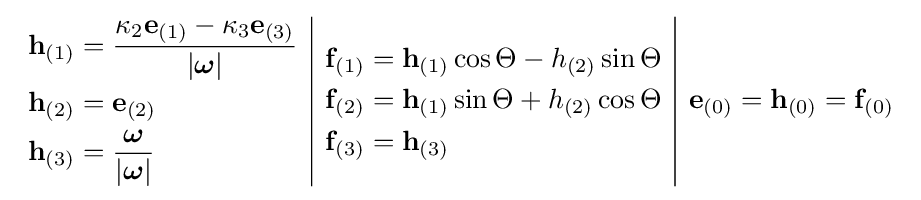
{\begin{array}{c|c|c}{\begin{aligned}\mathbf {h} _{(1)}&={\frac {\kappa _{2}\mathbf {e} _{(1)}-\kappa _{3}\mathbf {e} _{(3)}}{\left|{\boldsymbol {\omega }}\right|}}\\\mathbf {h} _{(2)}&=\mathbf {e} _{(2)}\\\mathbf {h} _{(3)}&={\frac {\boldsymbol {\omega }}{\left|{\boldsymbol {\omega }}\right|}}\end{aligned}}&{\begin{aligned}\mathbf {f} _{(1)}&=\mathbf {h} _{(1)}\cos \Theta -h_{(2)}\sin \Theta \\\mathbf {f} _{(2)}&=\mathbf {h} _{(1)}\sin \Theta +h_{(2)}\cos \Theta \\\mathbf {f} _{(3)}&=\mathbf {h} _{(3)}\end{aligned}}&\mathbf {e} _{(0)}=\mathbf {h} _{(0)}=\mathbf {f} _{(0)}\end{array}}